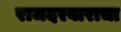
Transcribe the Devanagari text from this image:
राजदरबाराचा